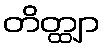
တိတ္ထျာ